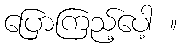
ပြောကြည့်ပေါ့ ။